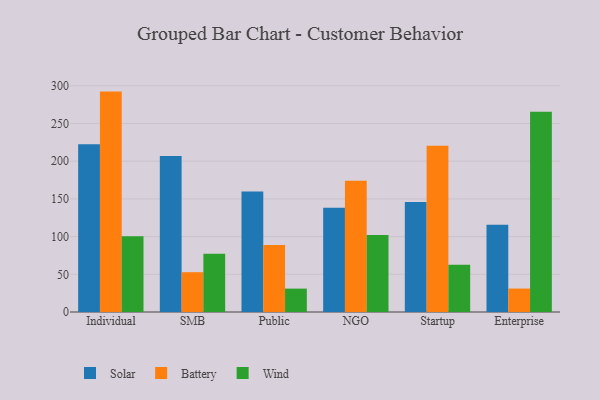
{"axis": {"x": "Segment", "y": "Churn Rate (%)"}, "legend": ["Battery", "Solar", "Wind"], "data": [{"x": "Individual", "y": 222.4, "type": "Solar"}, {"x": "Individual", "y": 292.3, "type": "Battery"}, {"x": "Individual", "y": 100.3, "type": "Wind"}, {"x": "SMB", "y": 207.0, "type": "Solar"}, {"x": "SMB", "y": 52.8, "type": "Battery"}, {"x": "SMB", "y": 77.2, "type": "Wind"}, {"x": "Public", "y": 159.9, "type": "Solar"}, {"x": "Public", "y": 89.0, "type": "Battery"}, {"x": "Public", "y": 31.0, "type": "Wind"}, {"x": "NGO", "y": 138.2, "type": "Solar"}, {"x": "NGO", "y": 174.1, "type": "Battery"}, {"x": "NGO", "y": 102.2, "type": "Wind"}, {"x": "Startup", "y": 146.0, "type": "Solar"}, {"x": "Startup", "y": 220.6, "type": "Battery"}, {"x": "Startup", "y": 62.7, "type": "Wind"}, {"x": "Enterprise", "y": 115.8, "type": "Solar"}, {"x": "Enterprise", "y": 31.1, "type": "Battery"}, {"x": "Enterprise", "y": 265.7, "type": "Wind"}]}